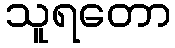
သူရတော